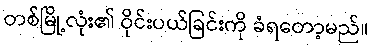
တစ်မြို့လုံး၏ ဝိုင်းပယ်ခြင်းကို ခံရတော့မည်။